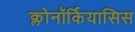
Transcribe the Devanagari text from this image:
क्लोनॉर्कियासिस